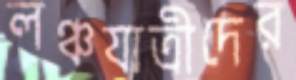
লঞ্চযাত্রীদের